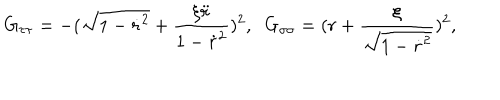
G _ { \tau \tau } = - ( \sqrt { 1 - \dot { r } ^ { 2 } } + \frac { \xi \ddot { r } } { 1 - \dot { r } ^ { 2 } } ) ^ { 2 } , \; \; G _ { \sigma \sigma } = ( r + \frac { \xi } { \sqrt { 1 - \dot { r } ^ { 2 } } } ) ^ { 2 } ,